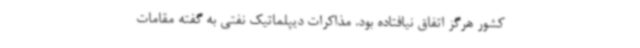
کشور هرگز اتفاق نیافتاده بود. مذاکرات دیپلماتیک نفتی به گفته مقامات